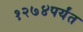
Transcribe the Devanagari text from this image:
१२७४पर्यंत